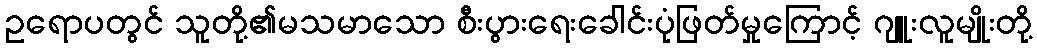
ဥရောပတွင် သူတို့၏မသမာသော စီးပွားရေးခေါင်းပုံဖြတ်မှုကြောင့် ဂျူးလူမျိုးတို့